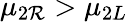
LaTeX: \mu_{2\mathcal{R}}>\mu_{2L}